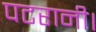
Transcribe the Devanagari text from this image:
पटरानी।